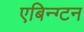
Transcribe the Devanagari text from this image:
एबिन्ग्टन